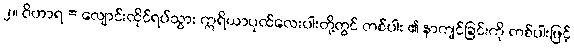
၂။ ဝိဟာရ = လျောင်းထိုင်ရပ်သွား ဣရိယာပုထ်လေးပါးတို့တွင် တစ်ပါး ၏ နာကျင်ခြင်းကို တစ်ပါးဖြင့်